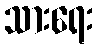
သားရေး